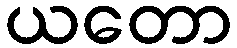
ယတော